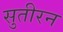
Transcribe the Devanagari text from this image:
सुतीरन